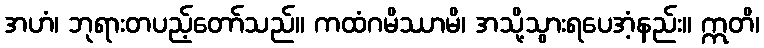
အဟံ၊ ဘုရားတပည့်တော်သည်။ ကထံဂမိဿာမိ၊ အသို့သွားရပေအံ့နည်း။ ဣတိ၊